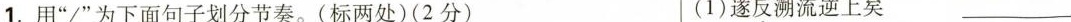
1.用”/”为下面句子划分节奏。(标两处)(2分) (1)遂反溯流逆上矣___